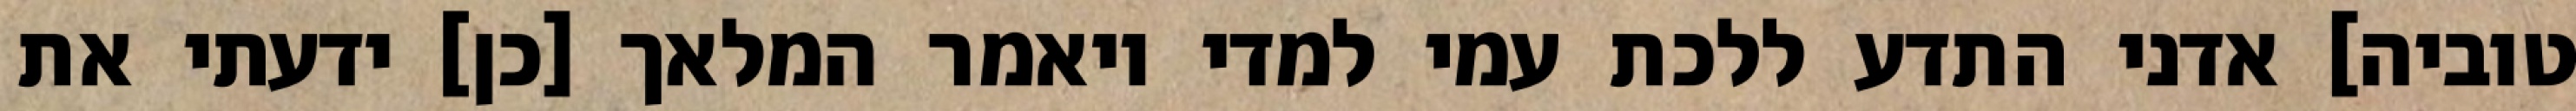
טוביה] אדני התדע ללכת עמי למדי ויאמר המלאך [כן] ידעתי את